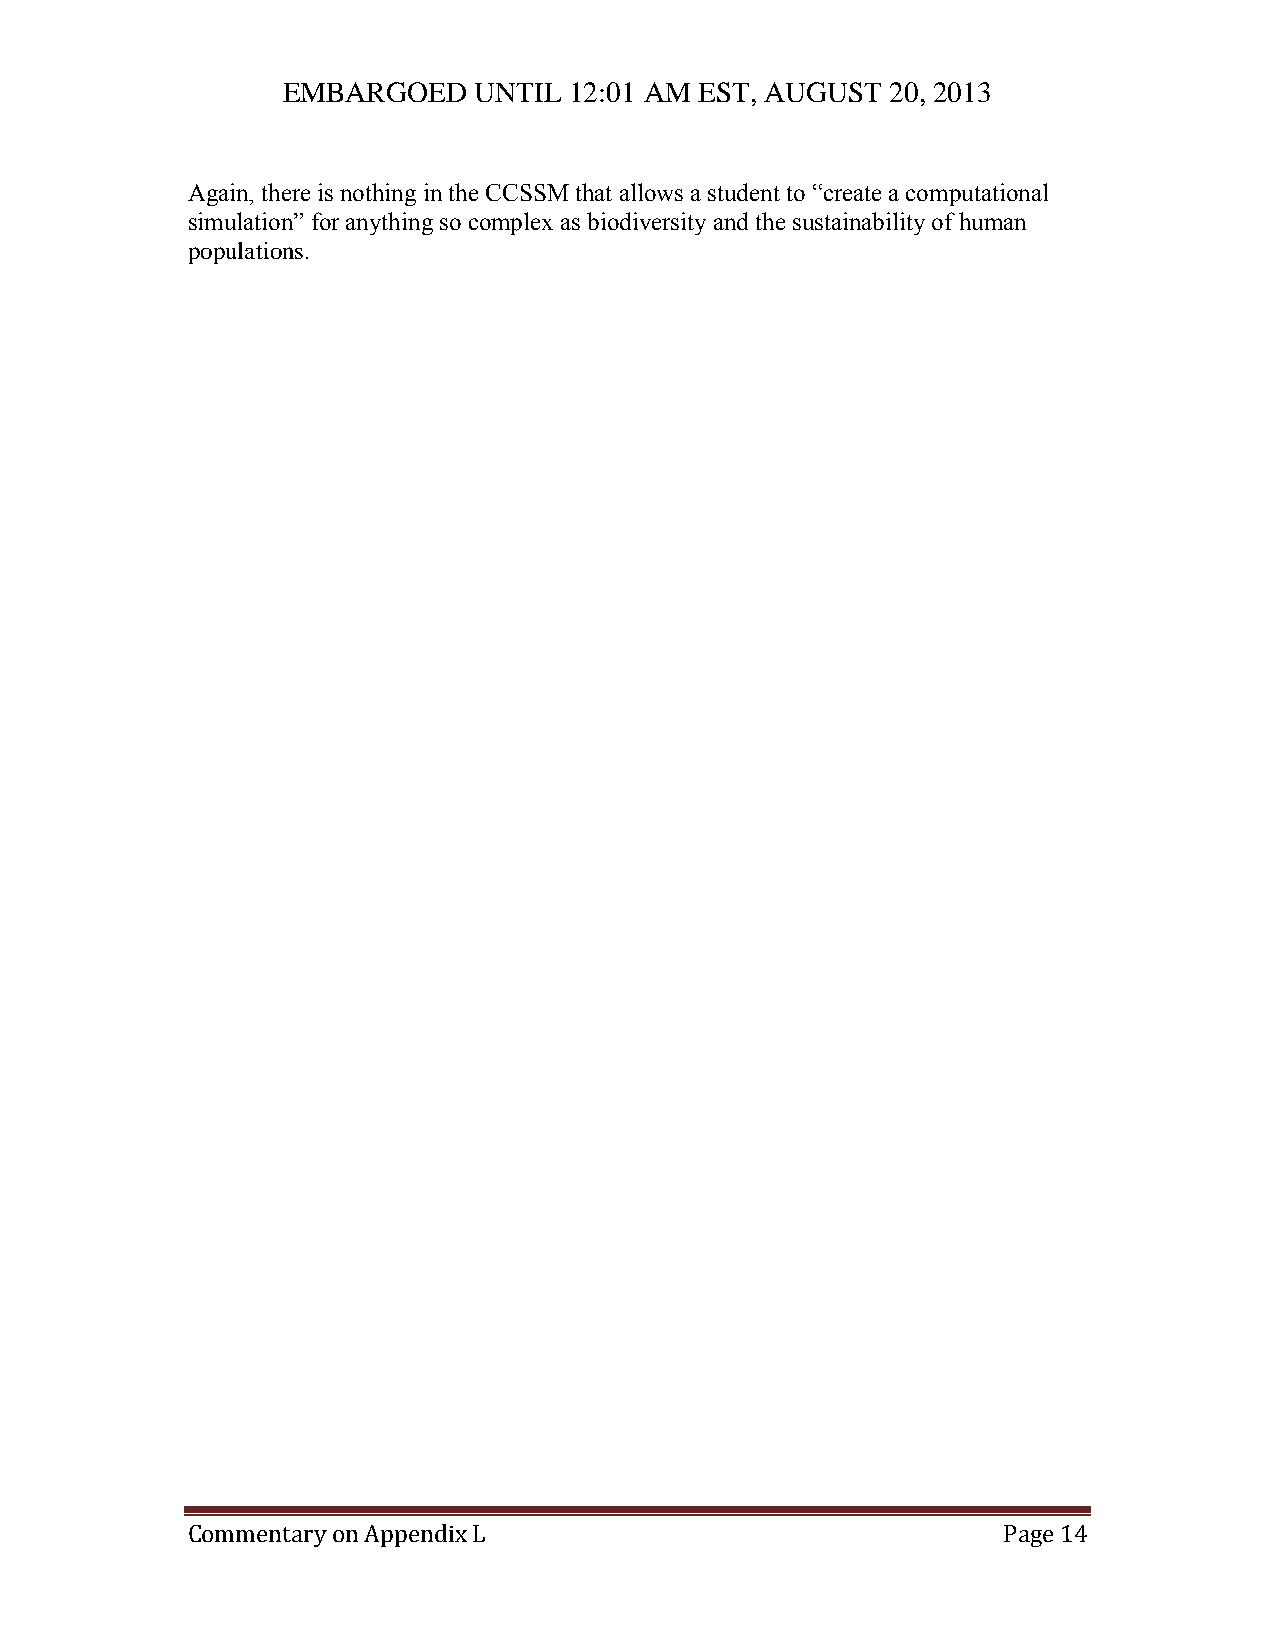
EMBARGOED   UNTIL  12:01 AM EST, AUGUST 20, 2013
 Again, there is nothing in the CCSSM that allows a student to “create a computational
 simulation” for anything so complex as biodiversity and the sustainability of human
 populations.
 Commentary on Appendix L                              Page 14